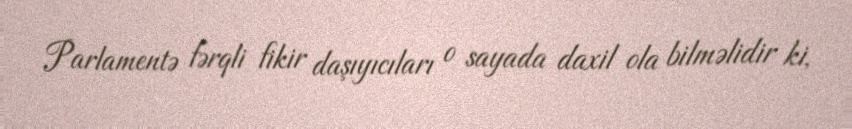
Parlamentə fərqli fikir daşıyıcıları o sayada daxil ola bilməlidir ki,